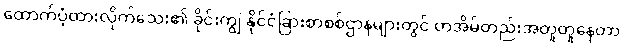
ထောက်ပံ့ထားလိုက်သေး၏ ခိုင်းကျွဲ နိုင်ငံခြားစာစစ်ဌာနများတွင် တအိမ်တည်းအတူတူနေတာ